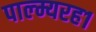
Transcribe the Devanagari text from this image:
पाल्म्यरह१